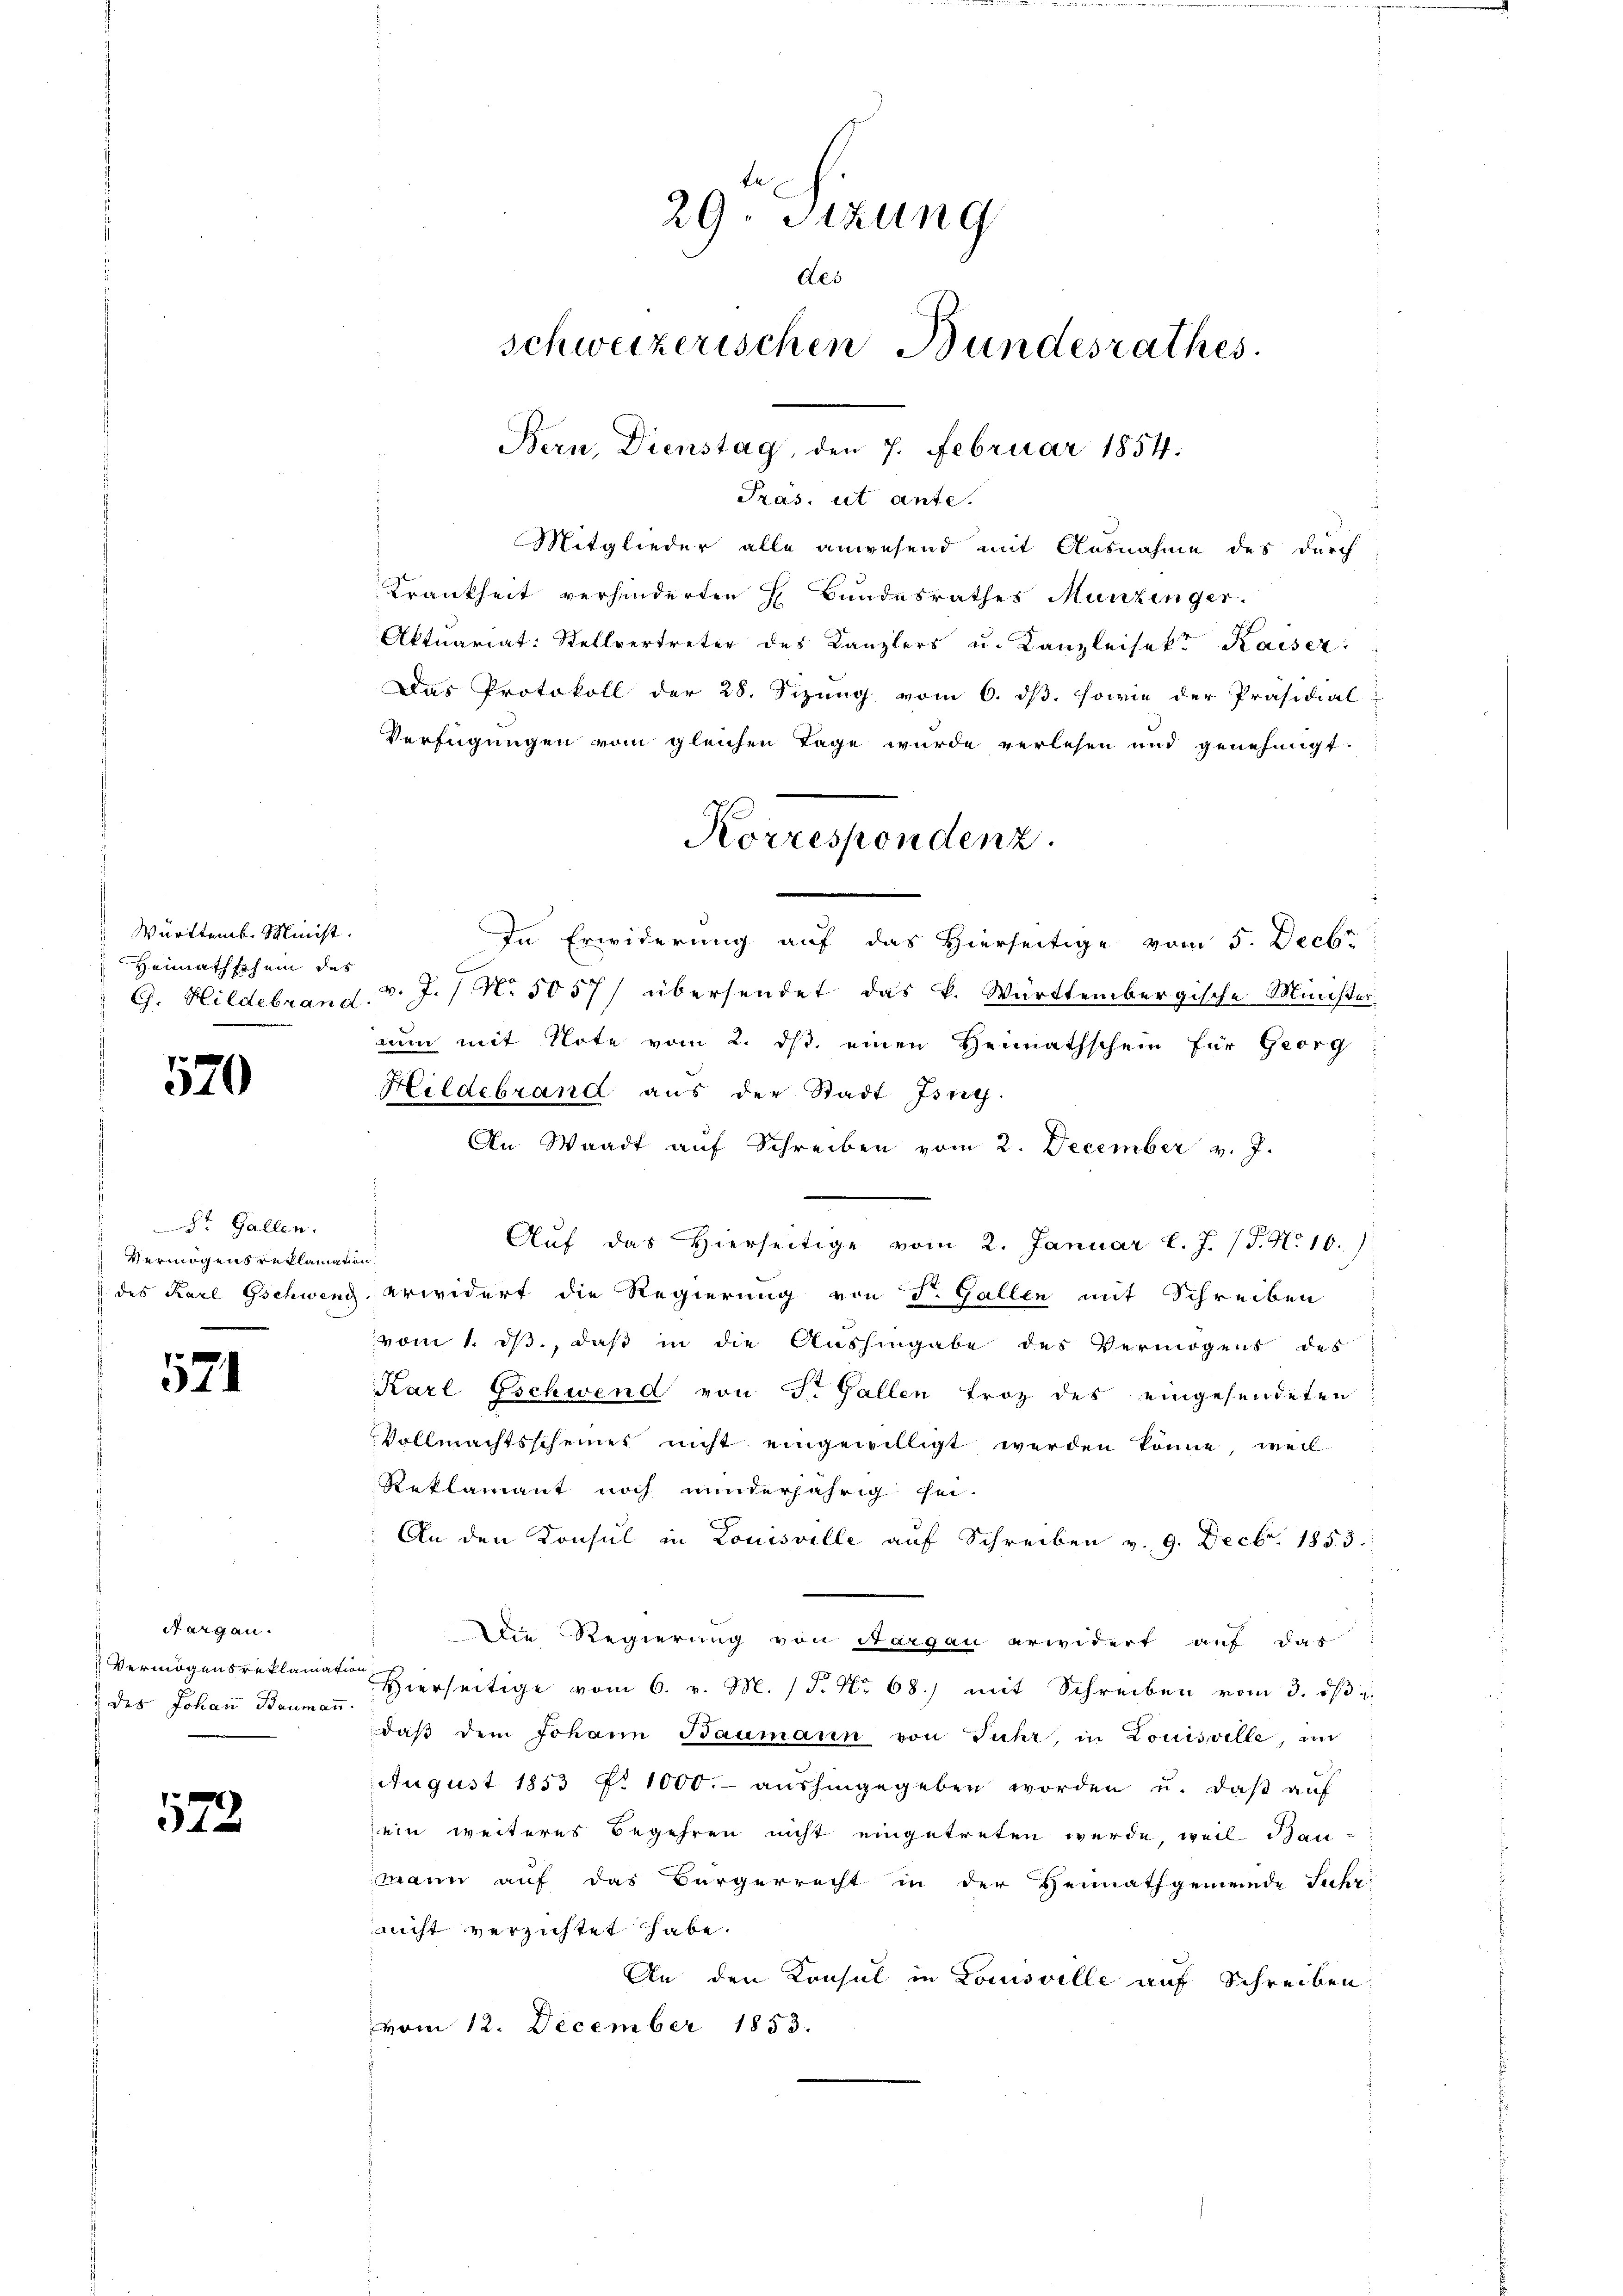
Württemb. Minist.
Heimathschein des

570

St. Gallen.
Vermögens reklamation

521

Aargau.
Vermögensreklama
 des Johan Baumai

572

Präs. ut ante.
Mitglieder alle anwesend mit Ausnahme des durch
Krankheit verhinderten H. Bundesrathes Munzinger.
Aktuariat: Stellvertreter des Kanzlers u. Kanzleisekt Kaiser:
Das Protokoll der 28. Sizung vom 6. dβ. sowie der Präsidial-
Verfügungen vom gleichen Tage wurde verlesen und genehmigt.
In Erwiderung auf das Hierseitige vom 5. Decbr
C. Hildebrand. v. J. / N. 5057/ übersendet das k. Württembergische Ministernun mit Note vom 2. ds einen Heimathschein für Georg
Hildebrand aus der Stadt Ing.
An Waadt auf Schreiben vom 2. December v. J.
Aŭf das hierseitige vom 2. Januar l. J. (T. N. 10.
 des Karl Gschweng erwidert die Regierung von S. Gallen mit Schreiben
vom 1. ds., daß in die Aushingabe des Vermögens des
Karl Eschwend von J. Gallen Froz des eingesendeten
Vollmachtsscheines nicht eingewilligt werden könne, weil
Reklamant noch minderjährig sei.
An den Konsul in Louisville auf Schreiben v. 9. Decbr. 1853.
.
Die Regierung von Sargau erwidert auf das
tion
Hierseitige vom 6. v. M. (§. No 68) mit Schreiben vom 3. ds
u.
daβ dem Johann Baumann von Fuhr, in Louisville, un
August 1853 f. 1000.- aushingegeben worden u. daß auf
sein weiteres Begehren nicht eingetreten wurde, weil Bau-
mann auf das Bürgerrecht in der Heimathgemeinde Suhr
nicht verzichtet habe.
An den Konsul in Louisville auf Schreiben
vom 12. December 1853.

En
29. Sizung
des
schweizerischen Bundesrathes.
Bern, Dienstag, den 7. Februar 1854.

Korrespondenz.